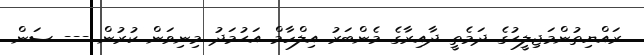
ރައްޔިތުންމަޖިލީޙުގެ ދަމެތީ ދާއިރާގެ މެންބަރު އިލްހާމް އަޙުމަދު މިނިވަން ކުރުން --- ސަން